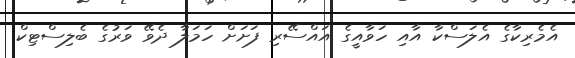
އެމެރިކާގެ އެލަސްކާ އާއި ހަވާއީގެ އައްސޭރި ފަށަށް ހަމަލާ ދެވޭ ވަރުގެ ބެލިސްޓިކް